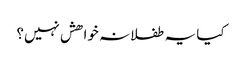
کیا یہ طفلانہ خواھش نہیں؟